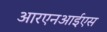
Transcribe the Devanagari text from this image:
आरएनआईएस